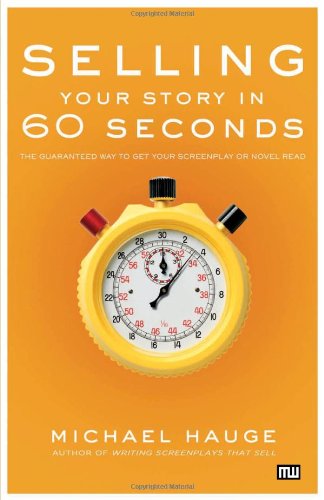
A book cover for Selling Your Story in 60 Seconds: The Guaranteed Way to Get Your Screenplay or Novel Read; Michael Hauge; Humor & Entertainment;